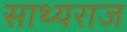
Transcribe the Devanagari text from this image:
साथ्यराज